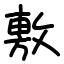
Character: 𢾾